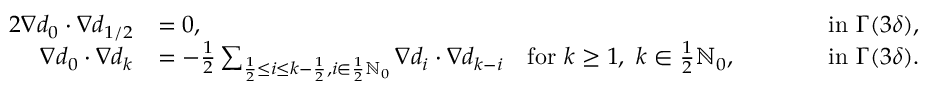
\begin{array} { r l r l } { { 2 } \nabla d _ { 0 } \cdot \nabla d _ { 1 / 2 } } & { = 0 , } & { \qquad } & { \mathrm { i n ~ } \Gamma ( 3 \delta ) , } \\ { \nabla d _ { 0 } \cdot \nabla d _ { k } } & { = - \frac { 1 } { 2 } \sum _ { \frac { 1 } { 2 } \leq i \leq k - \frac { 1 } { 2 } , i \in \frac 1 2 \ensuremath { \mathbb { N } } _ { 0 } } \nabla d _ { i } \cdot \nabla d _ { k - i } \quad \mathrm { f o r ~ } k \geq 1 , \ k \in \frac 1 2 \ensuremath { \mathbb { N } } _ { 0 } , } & { \qquad } & { \mathrm { i n ~ } \Gamma ( 3 \delta ) . } \end{array}